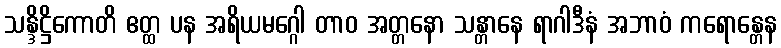
သန္ဒိဋ္ဌိကောတိ ဧတ္ထ ပန အရိယမဂ္ဂေါ တာဝ အတ္တနော သန္တာနေ ရာဂါဒီနံ အဘာဝံ ကရောန္တေန